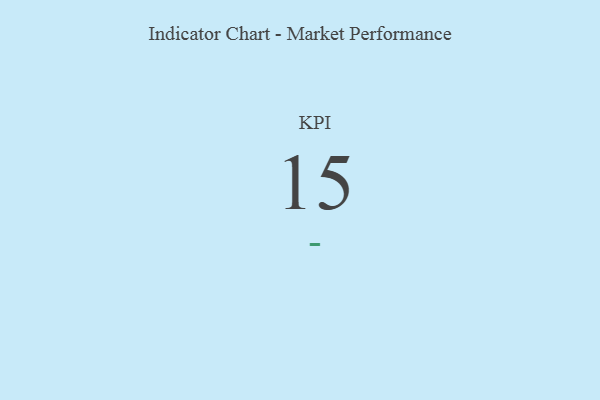
{"axis": {"x": "KPI", "y": "Value"}, "legend": [""], "data": [{"x": "KPI", "y": 15, "type": ""}]}